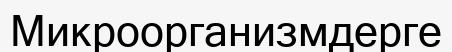
Микроорганизмдерге